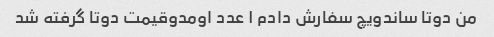
من دوتا ساندویچ سفارش دادم ۱ عدد اومدوقیمت دوتا گرفته شد